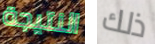
النتيجة ذلك